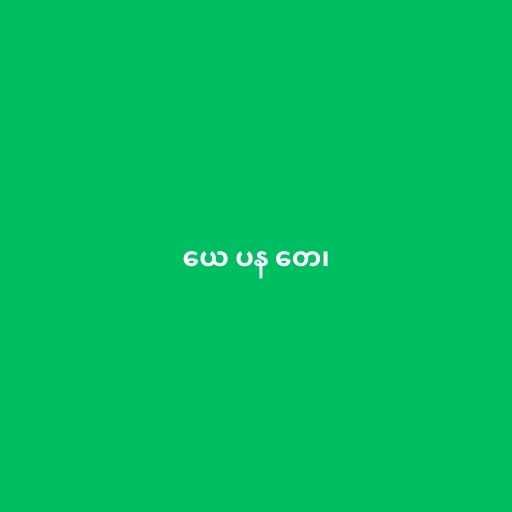
ယေ ပန တေ၊